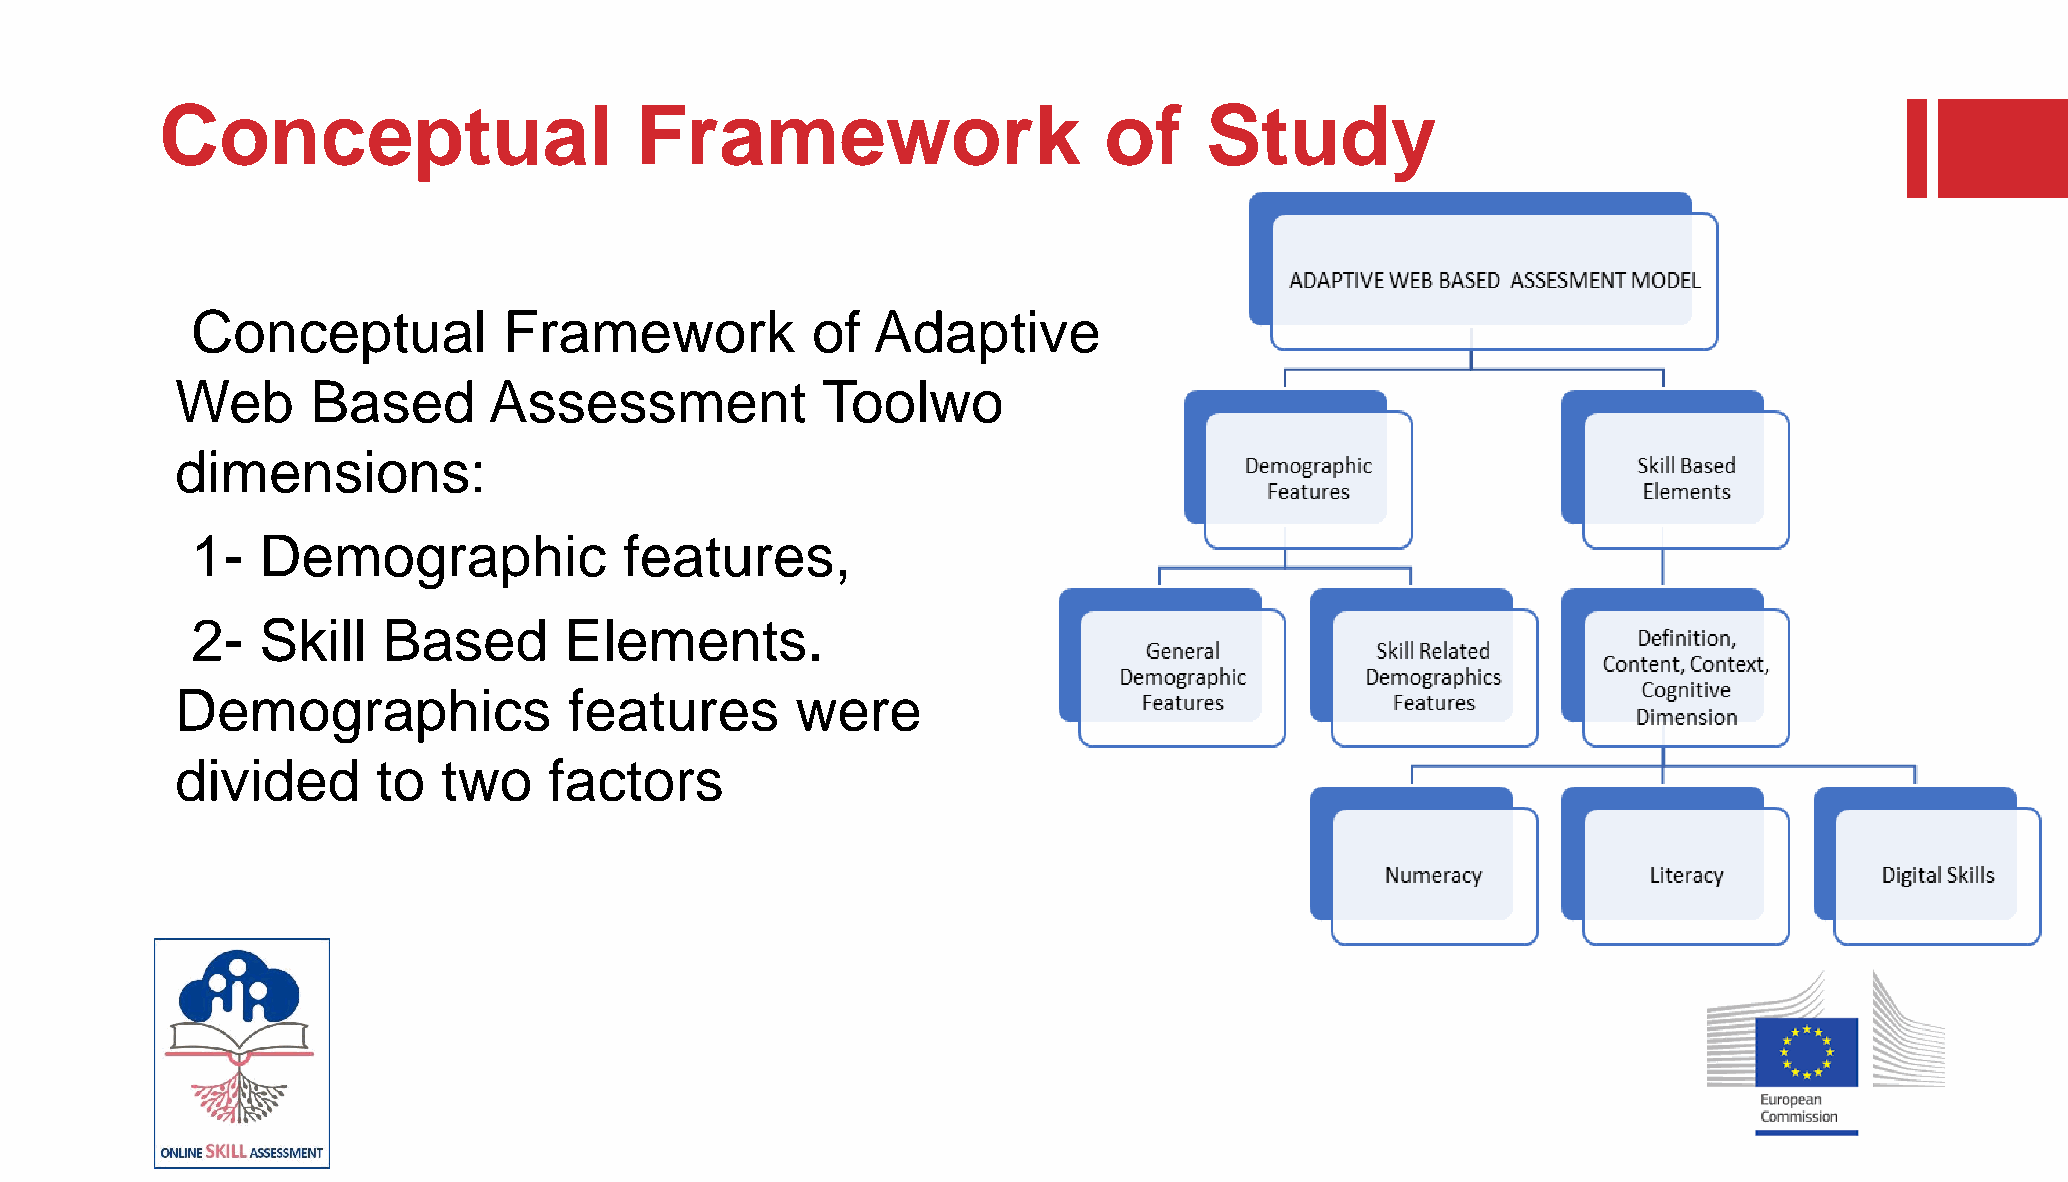
Conceptual                     Framework                      of     Study
 Conceptual          Framework            of  Adaptive
 Web      Based      Assessment            Toolwo
 dimensions:
 1-  Demographic             features,
 2-  Skill   Based       Elements.
 Demographics              features       were
 divided      to  two    factors